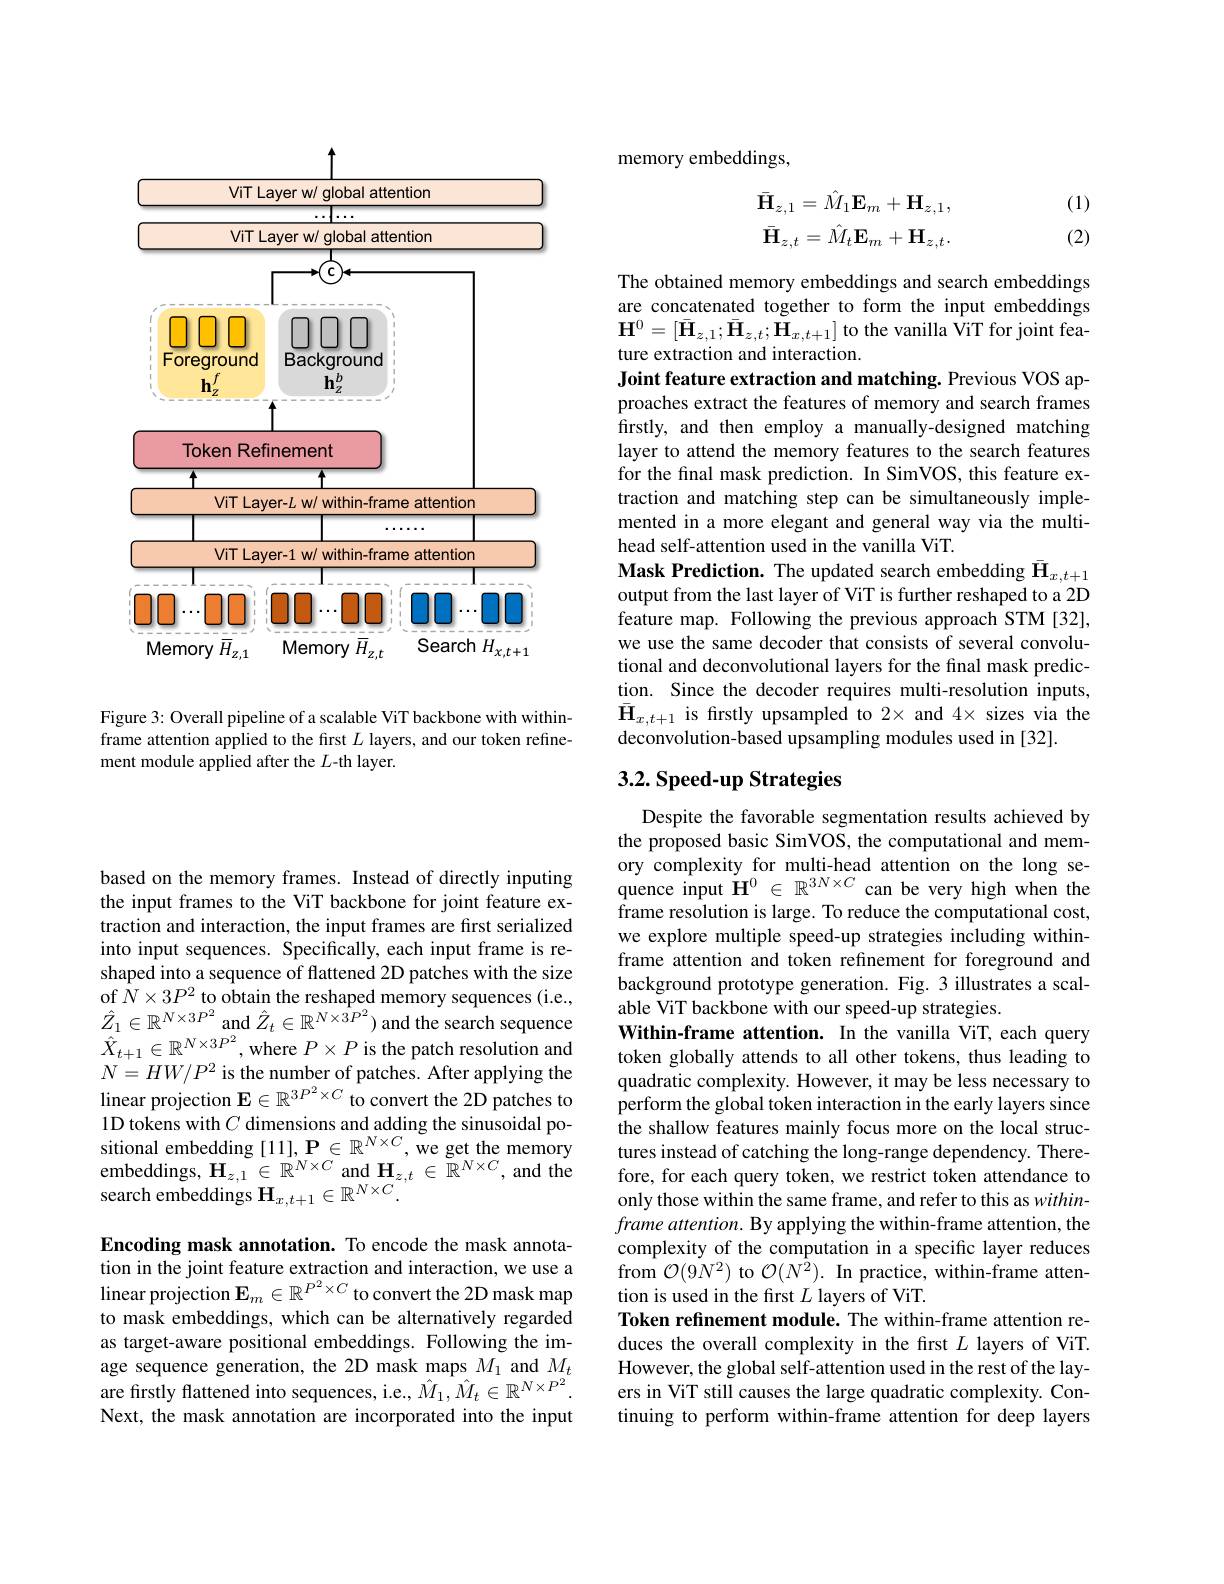
<FigureHere>

Figure 3: Overall pipeline of a scalable ViT backbone with withinframe attention applied to the first $L$ layers, and our token refinement module applied after the $L$-th layer.

based on the memory frames. Instead of directly inputing the input frames to the ViT backbone for joint feature extraction and interaction, the input frames are fırst serialized into input sequences. Specifically, each input frame is reshaped into a sequence of flattened 2D patches with the size of $\hat{N}\times3P^{2}$ to obtain the reshaped memory sequences (i.e., $\hat{Z}_{1}\in\mathbb{R}^{N\times3P^{2}}$ and $\hat{Z}_t\in\mathbb{R}^{N\times3P^{2}})$ and the search sequence $\hat{X}_{t+1}\in\mathbb{R}^{N\times3P^{2}}$,where $P\times P$ is the patch resolution and $N=HW/P^{2}$ is the number of patches. After applying the linear projection $\mathbf{E}\in\mathbb{R}^3P^2\times C$ to convert the 2D patches to 1D tokens with $C$ dimensions and adding the sinusoidal po- $\begin{array}{l}{\text{sitional embedding [11],P}\in\mathbb{R}^{N\times C},\mathrm{~we~get~the~memory}}\\{\text{embeddings, H}_{z,1}\in\mathbb{R}^{N\times C}\mathrm{~and~H}_{z,t}\in\mathbb{R}^{N\times C},\mathrm{~and~the}}\end{array}$ search embeddings $\mathbf{H}_{x,t+1}\in\mathbb{R}^{N\times C}.$

Encoding mask annotation. To encode the mask annotation in the joint feature extraction and interaction, we use a linear projection $\mathbf{E}_m\in\mathbb{R}^{P^2\times C}$ to convert the 2D mask map to mask embeddings, which can be alternatively regarded as target-aware positional embeddings. Following the image sequence generation, the 2D mask maps $M_1$ and $M_t$ are firstly flattened into sequences, i.e., $\hat{M}_1,\hat{M}_t\in\mathbb{R}^{N\times P^2}.$ Next, the mask annotation are incorporated into the input

memory embeddings,

(1)
$$\bar{\mathbf{H}}_{z,1}=\hat{M}_{1}\mathbf{E}_{m}+\mathbf{H}_{z,1},\\\bar{\mathbf{H}}_{z,t}=\hat{M}_{t}\mathbf{E}_{m}+\mathbf{H}_{z,t}.$$
(2)

The obtained memory embeddings and search embeddings are concatenated together to form the input embeddings $\mathbf{H}^{0}=[\bar{\mathbf{H}}_{z,1};\bar{\mathbf{H}}_{z,t};\tilde{\mathbf{H}}_{x,t+1}]$ to the vanilla $\hat{\text{ViT for joint fea-}}$ ture extraction and interaction.
Joint feature extraction and matching. Previous VOS approaches extract the features of memory and search frames firstly, and then employ a manually-designed matching layer to attend the memory features to the search features for the final mask prediction. In SimVOS, this feature extraction and matching step can be simultaneously implemented in a more elegant and general way via the multihead self-attention used in the vanilla ViT.
Mask Prediction. The updated search embedding $\bar{\mathbf{H}}_{x,t+1}$ output from the last layer of ViT is further reshaped to a 2D feature map. Following the previous approach STM[32], we use the same decoder that consists of several convolutional and deconvolutional layers for the final mask prediction. Since the decoder requires multi-resolution inputs, $\bar{\mathbf{H}}_{x,t+1}$ is frstly upsampled to $2\times$ and $4\times$ sizes via the deconvolution-based upsampling modules used in [32].

## 3.2. Speed-up Strategies

Despite the favorable segmentation results achieved by the proposed basic SimVOS, the computational and mem- $\begin{array}{ll}{\mathrm{ory~complexity~for~multi-head~attention~on~the~long~se-}}\\{\mathrm{quence~input~H^{0}~\in~\mathbb{R}^{3N\times C}~can~be~very~high~when~the}}\end{array}$ frame resolution is large. To reduce the computational cost, we explore multiple speed-up strategies including withinframe attention and token refinement for foreground and background prototype generation. Fig. 3 illustrates a scalable ViT backbone with our speed-up strategies.
Within-frame attention. In the vanilla ViT, each query token globally attends to all other tokens, thus leading to quadratic complexity. However, it may be less necessary to perform the global token interaction in the early layers since the shallow features mainly focus more on the local structures instead of catching the long-range dependency. Therefore, for each query token, we restrict token attendance to only those within the same frame, and refer to this as within- $frame\textit{ attention. By applying the within- frame attention, the}$ complexity of the computation in a specific layer reduces from $\mathcal{O}(9N^{2})$ to $\mathcal{O} ( N^{\bar{2} }) . \textbf{ In practice, within- frame atten- }$ tion is used in the first $L$ layers of ViT.
Token refinement module. The within-frame attention reduces the overall complexity in the first $L$ layers of ViT. However, the global self-attention used in the rest of the layers in ViT still causes the large quadratic complexity. Continuing to perform within-frame attention for deep layers